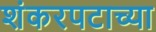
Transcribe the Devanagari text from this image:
शंकरपटाच्या